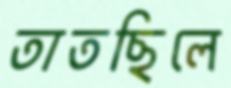
তাতছিলে